Indian journal of veterinary science and animal husbandry - Volumes 22-23, 1952-1953
Year: 1952
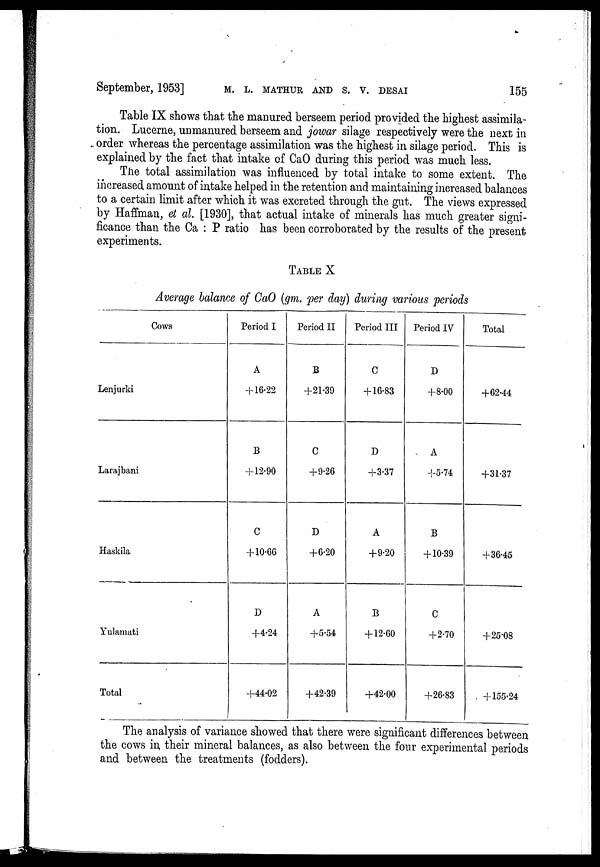
September, 1953] M. L. MATHUR AND S. V. DESAI 155
Table IX shows that the manured berseem period provided the highest assimila-
tion. Lucerne, unmanured berseem and jowar silage respectively were the next in
order whereas the percentage assimilation was the highest in silage period. This is
explained by the fact that intake of CaO during this period was much less.
The total assimilation was influenced by total intake to some extent. The
increased amount of intake helped in the retention and maintaining increased balances
to a certain limit after which it was excreted through the gut. The views expressed
by Haffman, et al. [1930], that actual intake of minerals has much greater signi-
ficance than the Ca : P ratio has been corroborated by the results of the present
experiments.
TABLE X
Average balance of CaO (gm. per day) during various periods
Cows
Lenjurki
Larajbani
Haskila
Yulamati
Total
Period I
A
+16.22
B
+12.90
C
+10.66
D
+4.24
+44.02
Period II
B
+21.39
C
+9.26
D
+6.20
A
+5.54
+42.39
Period III
C
+16.83
D
+3.37
A
+9.20
B
+12.60
+42.00
Period IV
D
+8.00
A
+5.74
B
+10.39
C
+2.70
+26.83
Total
+62.44
+31.37
+36.45
+25.08
+155.24
The analysis of variance showed that there were significant differences between
the cows in, their mineral balances, as also between the four experimental periods
and between the treatments (fodders).